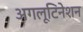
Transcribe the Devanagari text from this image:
अगलूटिनेशन